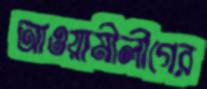
আওয়ামীলীগের